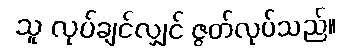
သူ လုပ်ချင်လျှင် ဇွတ်လုပ်သည်။